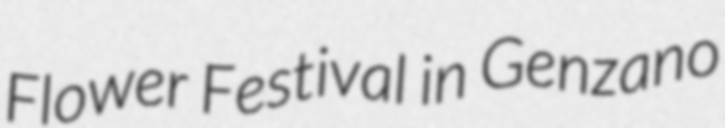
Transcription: Flower Festival in Genzano